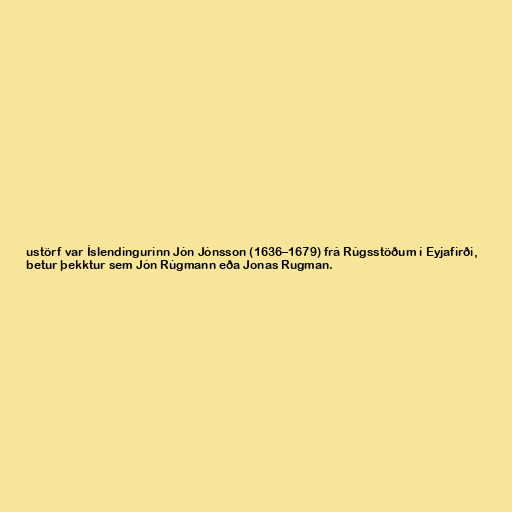
ustörf var Íslendingurinn Jón Jónsson (1636–1679) frá Rúgsstöðum í Eyjafirði,
betur þekktur sem Jón Rúgmann eða Jonas Rugman.